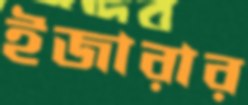
ইজারার